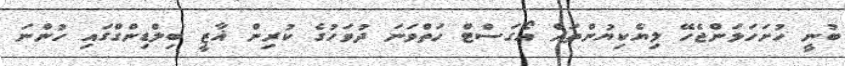
ބުނީ ހުށަހަޅަންޖެހޭ ލިޔެކިޔުންތައް އޯގަސްޓް ހަތްވަނަ ދުވަހުގެ ކުރިން ޣާޒީ ބިލްޑިންގްގައި ހުންނަ